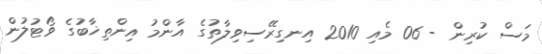
މަސް ކުރިން - 06 މެއި 2010 އިނގިރޭސިވިލާތުގެ އާންމު އިންތިޚާބުގެ ވޯޓުލުން